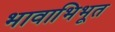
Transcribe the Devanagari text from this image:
भावाभिभूत